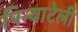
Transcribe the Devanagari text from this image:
पिन्याटेली